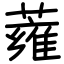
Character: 蕹